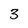
Character: 3